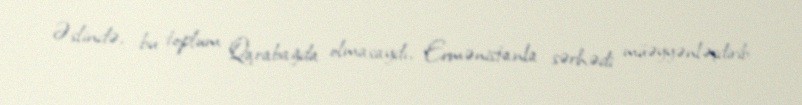
Əslində, bu toplum Qarabağda olmasaydı, Ermənistanla sərhədi müəyyənləşdirib